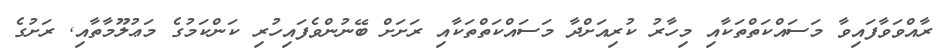
ރާއްވަވާފައިވާ މަސައްކަތްތަކާއި މިހާރު ކުރިއަށްދާ މަސައްކަތްތަކާއި ރަށަށް ބޭނުންވެފައިހުރި ކަންކަމުގެ މަޢުލޫމާތާއި